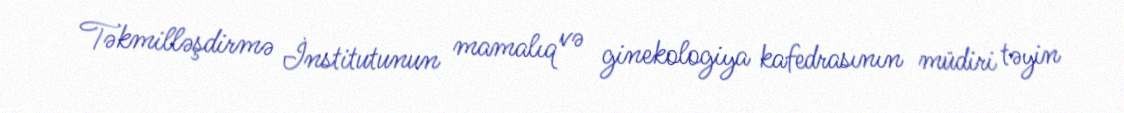
Təkmilləşdirmə İnstitutunun mamalıq və ginekologiya kafedrasının müdiri təyin